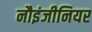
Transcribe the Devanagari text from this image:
नौइंजीनियर